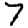
Digit: 7